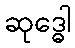
ဆုဒ္ဓေါ